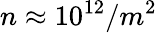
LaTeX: n\approx 10^{12}/m^{2}